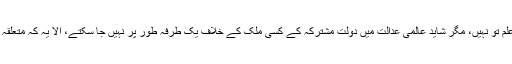
سید منظور حسین گیلانی: میں انٹرنیشنل لا کا طالب علم تو نہیں، مگر شاید عالمی عدالت میں دولتِ مشترکہ کے کسی ملک کے خلاف یک طرفہ طور پر نہیں جا سکتے، اِلّا یہ کہ متعلقہ ملک رضامندی دے کہ وہ مقدمے کا سامنا کرے گا۔